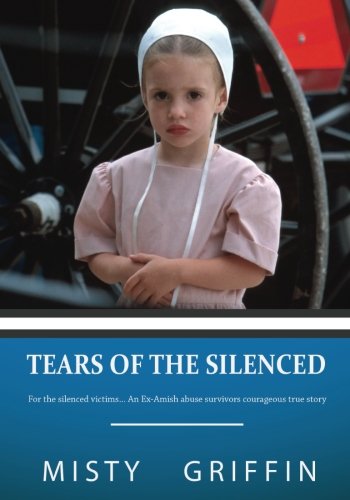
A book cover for Tears of the Silenced: For the silenced victims... An EX- Amish abuse survivors courageous true story; Misty Elaine Griffin; Christian Books & Bibles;